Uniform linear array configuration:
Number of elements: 4
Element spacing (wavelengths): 0.75
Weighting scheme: exponential
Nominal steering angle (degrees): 0
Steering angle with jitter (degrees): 0.7131
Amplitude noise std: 0.05
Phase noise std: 0.05

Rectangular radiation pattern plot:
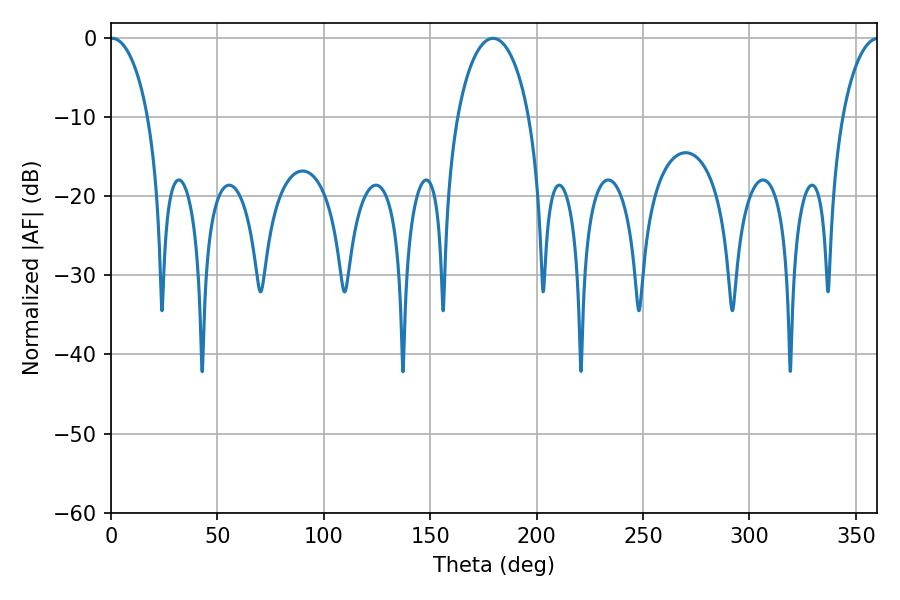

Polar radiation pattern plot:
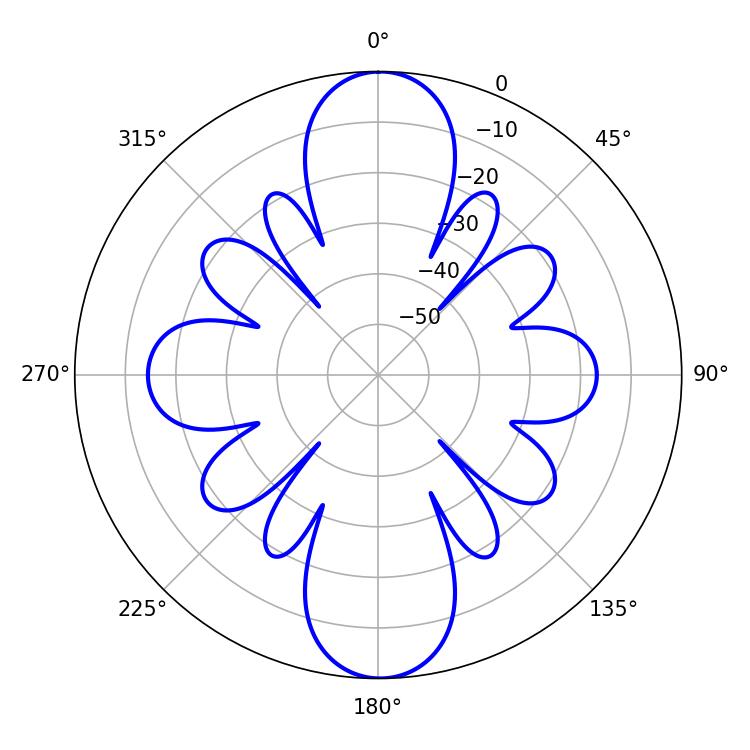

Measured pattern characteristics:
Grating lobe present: TRUE
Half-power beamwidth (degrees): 10.08
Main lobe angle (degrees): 0.54